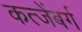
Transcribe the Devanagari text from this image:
कत्जेंबर्ग